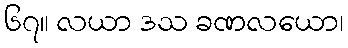
၆၇။ လယာ ဒသ ခဏလယော၊